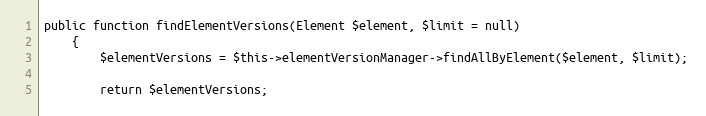
Language: PHP
public function findElementVersions(Element $element, $limit = null)
    {
        $elementVersions = $this->elementVersionManager->findAllByElement($element, $limit);

        return $elementVersions;